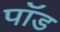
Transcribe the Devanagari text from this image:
पाॅॅड